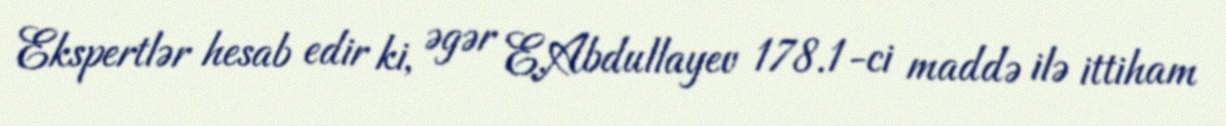
Ekspertlər hesab edir ki, əgər E.Abdullayev 178.1-ci maddə ilə ittiham